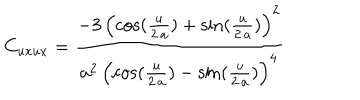
LaTeX: C _ { u x u x } = { \frac { - 3 \, { { \left( \cos ( { \frac { u } { 2 \, a } } ) + \sin ( { \frac { u } { 2 \, a } } ) \right) } ^ { 2 } } } { { a ^ { 2 } } \, { { \left( \cos ( { \frac { u } { 2 \, a } } ) - \sin ( { \frac { u } { 2 \, a } } ) \right) } ^ { 4 } } } }